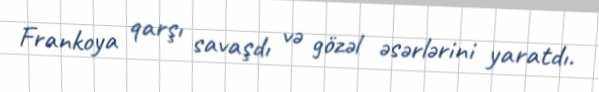
Frankoya qarşı savaşdı və gözəl əsərlərini yaratdı.